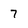
Character: 7